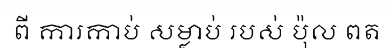
ពី ការកាប់ សម្លាប់ របស់ ប៉ុល ពត